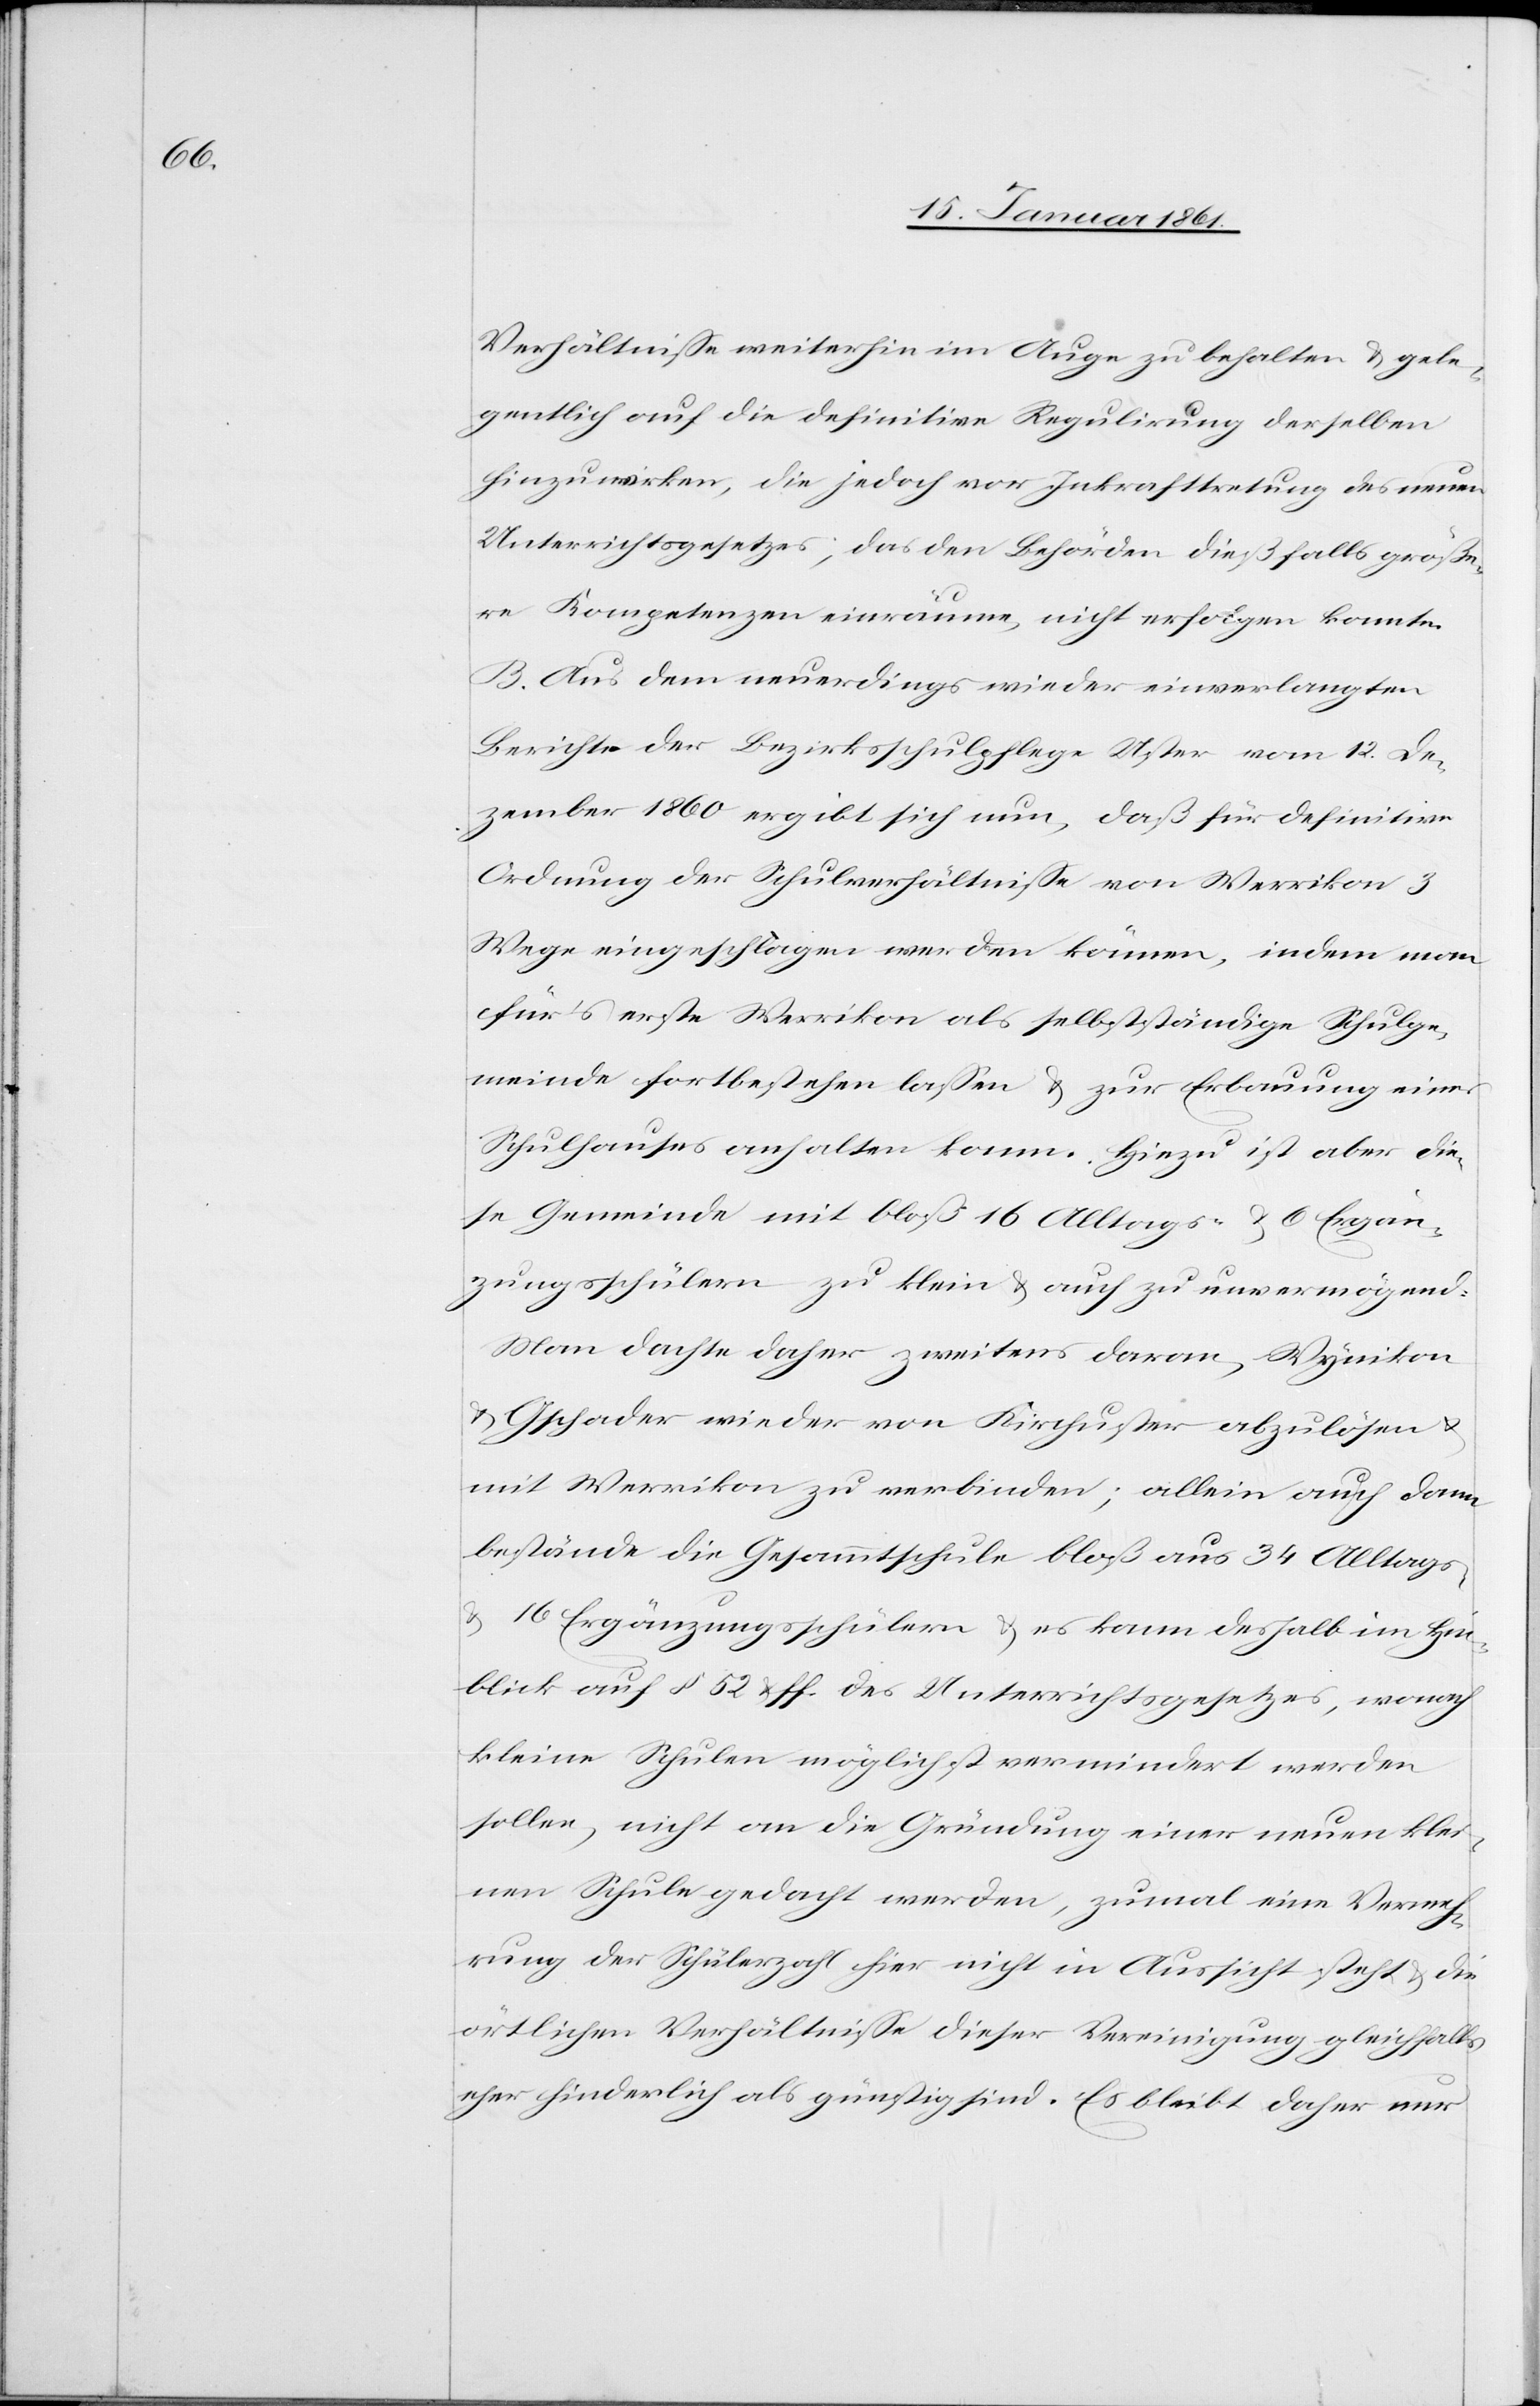
Verhältnisse weiterhin im Auge zu behalten u. gele¬
gentlich auf die definitive Regulirung derselben
hinzuwirken, die jedoch vor Inkrafttretung des neuen
Unterrichtsgesetzes, das den Behörden dießfalls größe¬
re Kompetenzen einräume, nicht erfolgen konnte.
B. Aus dem neuerdings wieder einverlangten
Berichte der Bezirksschulpflege Uster vom 12. De¬
zember 1860 ergibt sich nun, daß für definitive
Ordnung der Schulverhältnisse von Werrikon 3
Wege eingeschlagen werden können, indem man
für’s erste Werrikon als selbstständige Schulge¬
meinde fortbestehen lassen u. zur Erbauung eines
Schulhauses anhalten kann. Hiezu ist aber die¬
se Gemeinde mit bloß 16 Alltags- u. 6 Ergän¬
zungsschülern zu klein u. auch zu unvermögend.
Man dachte daher zweitens daran, Wynikon
u. Gschwader wieder von Kirchuster abzulösen u.
mit Werrikon zu verbinden; allein auch dann
bestände die Gesammtschule bloß aus 34 Alltags-
u. 16 Ergänzungsschülern u. es kann deshalb im Hin¬
blick auf §. 52 u. ff. des Unterrichtsgesetzes, wonach
kleine Schulen möglichst vermindert werden
sollen, nicht an die Gründung einer neuen klei¬
nen Schule gedacht werden, zumal eine Vermeh¬
rung der Schülerzahl hier nicht in Aussicht steht u. die
örtlichen Verhältnisse dieser Vereinigung gleichfalls
eher hinderlich als günstig sind. Es bleibt daher nur